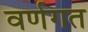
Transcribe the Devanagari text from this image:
वर्णगत